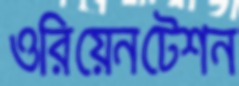
ওরিয়েনটেশন